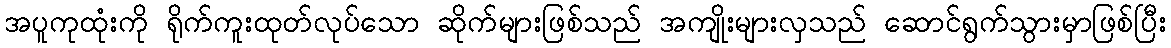
အပူကုထုံးကို ရိုက်ကူးထုတ်လုပ်သော ဆိုက်များဖြစ်သည် အကျိုးများလှသည် ဆောင်ရွက်သွားမှာဖြစ်ပြီး